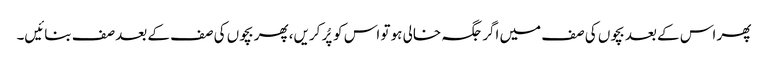
پھر اس کے بعد بچوں کی صف میں اگر جگہ خالی ہو تو اس کو پُر کریں، پھر بچوں کی صف کے بعد صف بنائیں۔